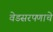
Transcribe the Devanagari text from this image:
वेडसरपणाचे